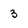
Character: 3